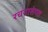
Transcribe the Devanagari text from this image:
रचनासंगत